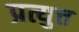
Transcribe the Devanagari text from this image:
प्रत्युत्त